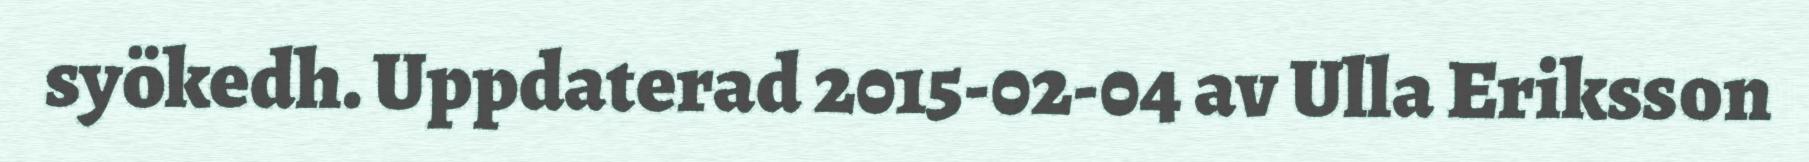
syökedh. Uppdaterad 2015-02-04 av Ulla Eriksson